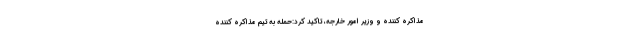
مذاکره کننده و وزیر امور خارجه، تاکید کرد:حمله به تیم مذاکره کننده